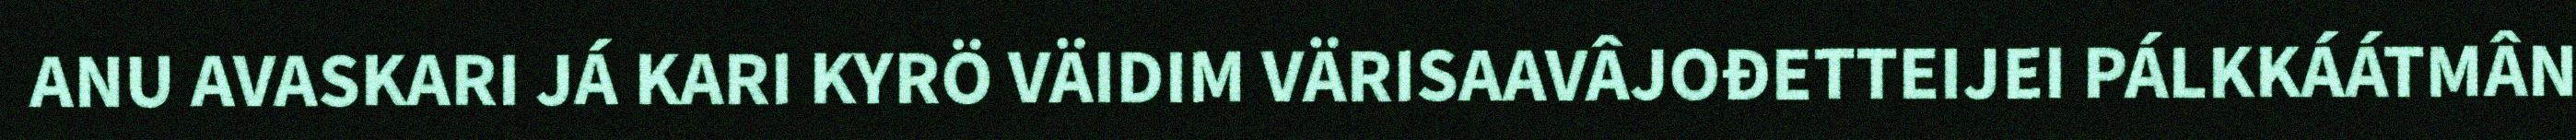
ANU AVASKARI JÁ KARI KYRÖ VÄIDIM VÄRISAAVÂJOĐETTEIJEI PÁLKKÁÁTMÂN